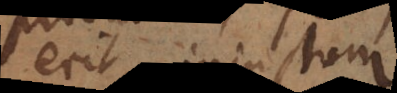
erit injustum.